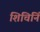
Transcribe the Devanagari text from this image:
शिचिनिं